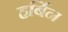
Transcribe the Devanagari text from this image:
हर्बिन